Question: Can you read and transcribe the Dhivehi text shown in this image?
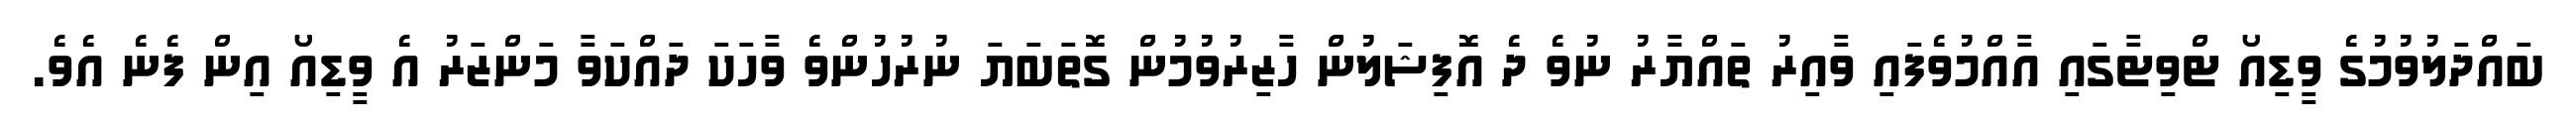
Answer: ބައްދަލުވުމުގެ ވީޑިއޯ ޓްވިޓާގައި އާއްމުވެފައި ވާއިރު ތައްޔާރު ނުވެ ދެ އޮފިޝަލުން ހާޒިރުވުމުން ގޮތަބަޔަ ނުރުހުންވެ ވާހަކަ ދައްކަވާ މަންޒަރު އެ ވީޑިއޯ އިން ފެނެ އެވެ.